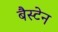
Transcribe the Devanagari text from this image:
बैस्टेन